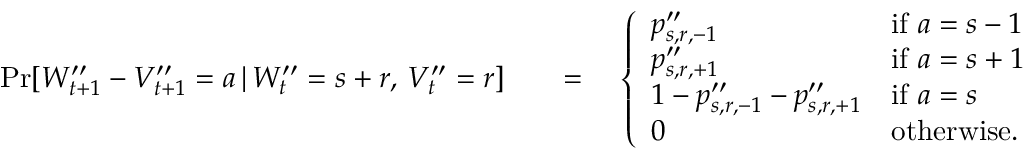
\begin{array} { r l } { \operatorname* { P r } [ W _ { t + 1 } ^ { \prime \prime } - V _ { t + 1 } ^ { \prime \prime } = a \, | \, W _ { t } ^ { \prime \prime } = s + r , \, V _ { t } ^ { \prime \prime } = r ] \quad } & { = \quad \left\{ \begin{array} { l l } { p _ { s , r , - 1 } ^ { \prime \prime } } & { \mathrm { i f ~ } a = s - 1 } \\ { p _ { s , r , + 1 } ^ { \prime \prime } } & { \mathrm { i f ~ } a = s + 1 } \\ { 1 - p _ { s , r , - 1 } ^ { \prime \prime } - p _ { s , r , + 1 } ^ { \prime \prime } } & { \mathrm { i f ~ } a = s } \\ { 0 } & { \mathrm { o t h e r w i s e . } } \end{array} \right. } \end{array}